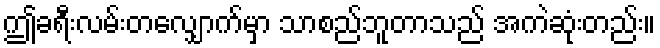
ဤခရီးလမ်းတလျှောက်မှာ သာစည်ဘူတာသည် အကဲဆုံးတည်း။